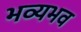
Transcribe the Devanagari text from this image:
भव्यभव